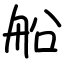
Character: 船